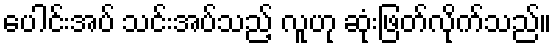
ပေါင်းအပ် သင်းအပ်သည့် လူဟု ဆုံးဖြတ်လိုက်သည်။